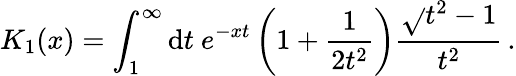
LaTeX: K_{1}(x)=\int_{1}^{\infty}\mathrm{d}t\ e^{-xt}\left(1+\frac{{1}}{{2t^{2}}}\right)\frac{{\sqrt{}{{t^{2}-1}}}}{{t^{2}}}\, .